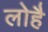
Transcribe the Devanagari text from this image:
लोहै